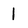
Character: 1